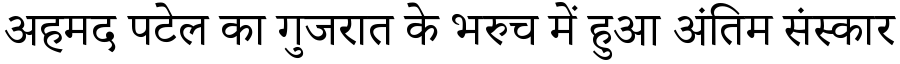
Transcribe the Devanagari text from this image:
अहमद पटेल का गुजरात के भरुच में हुआ अंतिम संस्कार